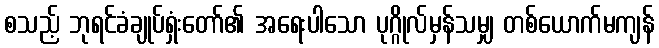
စသည့် ဘုရင်ခံချုပ်ရှံးတော်၏ အရေးပါသော ပုဂ္ဂိုလ်မှန်သမျှ တစ်ယောက်မကျန်